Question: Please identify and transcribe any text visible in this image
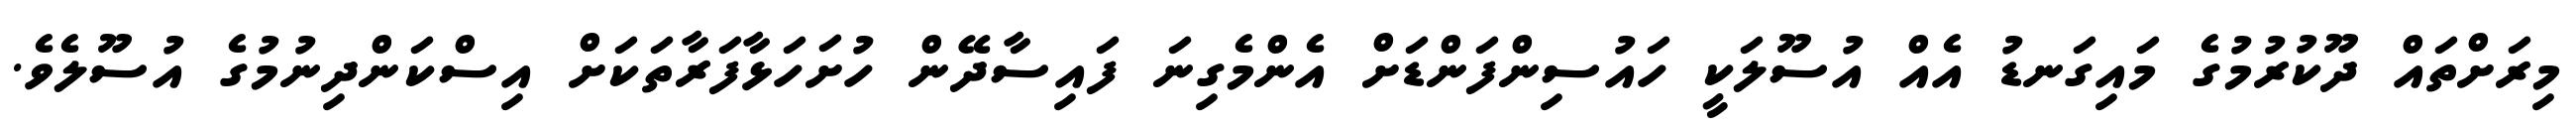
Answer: މިރަށްތައް ދޫކުރުމުގެ މައިގަނޑު އެއް އުސޫލަކީ ހައުސިންފަންޑަށް އެންމެގިނަ ފައިސާދޭން ހުށަހަޅާފަރާތަކަށް އިސްކަންދިނުމުގެ އުސޫލެވެ.